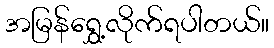
အမြန်ရွှေ့လိုက်ရပါတယ်။